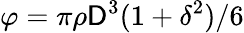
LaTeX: \varphi=\pi\rho\mathsf{D}^{3}(1+\delta^{2})/6